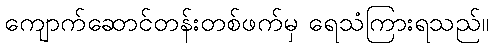
ကျောက်ဆောင်တန်းတစ်ဖက်မှ ရေသံကြားရသည်။